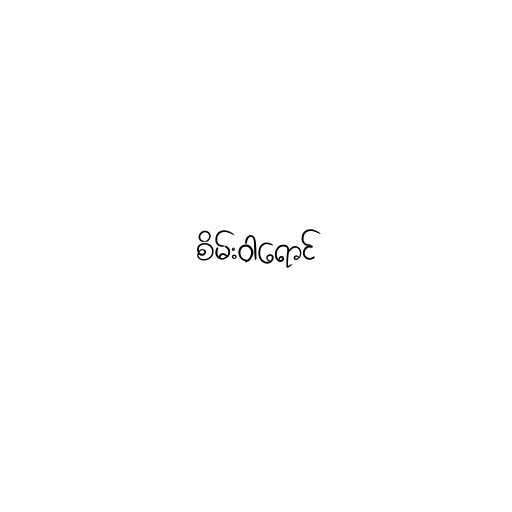
စိမ်းဝါရောင်